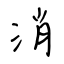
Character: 消